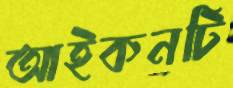
আইকনটি